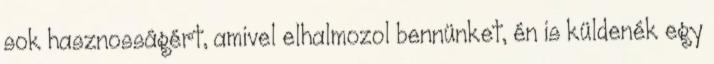
sok hasznosságért, amivel elhalmozol bennünket, én is küldenék egy